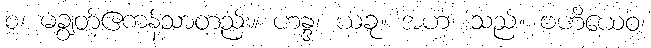
စ၊ မချွတ်ဧကန်သာတည်း။ ဟန္ဒ၊ ယခု။ အဟံ၊ သည်။ ဗဟိယေဝ၊